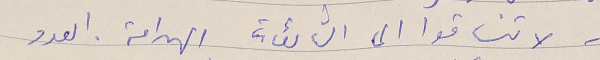
- لا تنساقوا الى الشائعات الهدامة. العدو